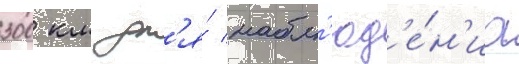
300 км дл'я́ набл'юд'е́н'иа